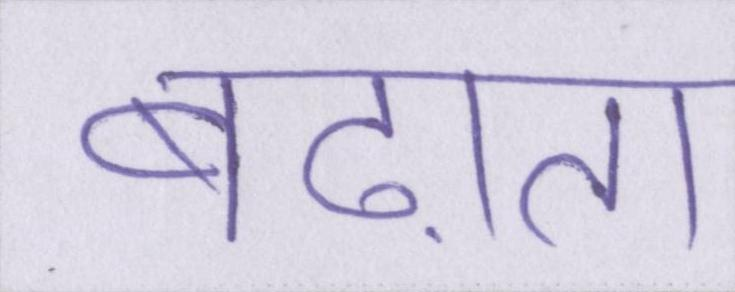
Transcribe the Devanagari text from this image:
बढ़ाता